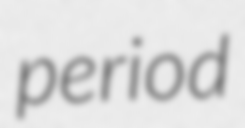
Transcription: period